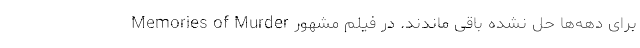
برای دهه‌ها حل نشده باقی ماندند. در فیلم مشهور Memories of Murder